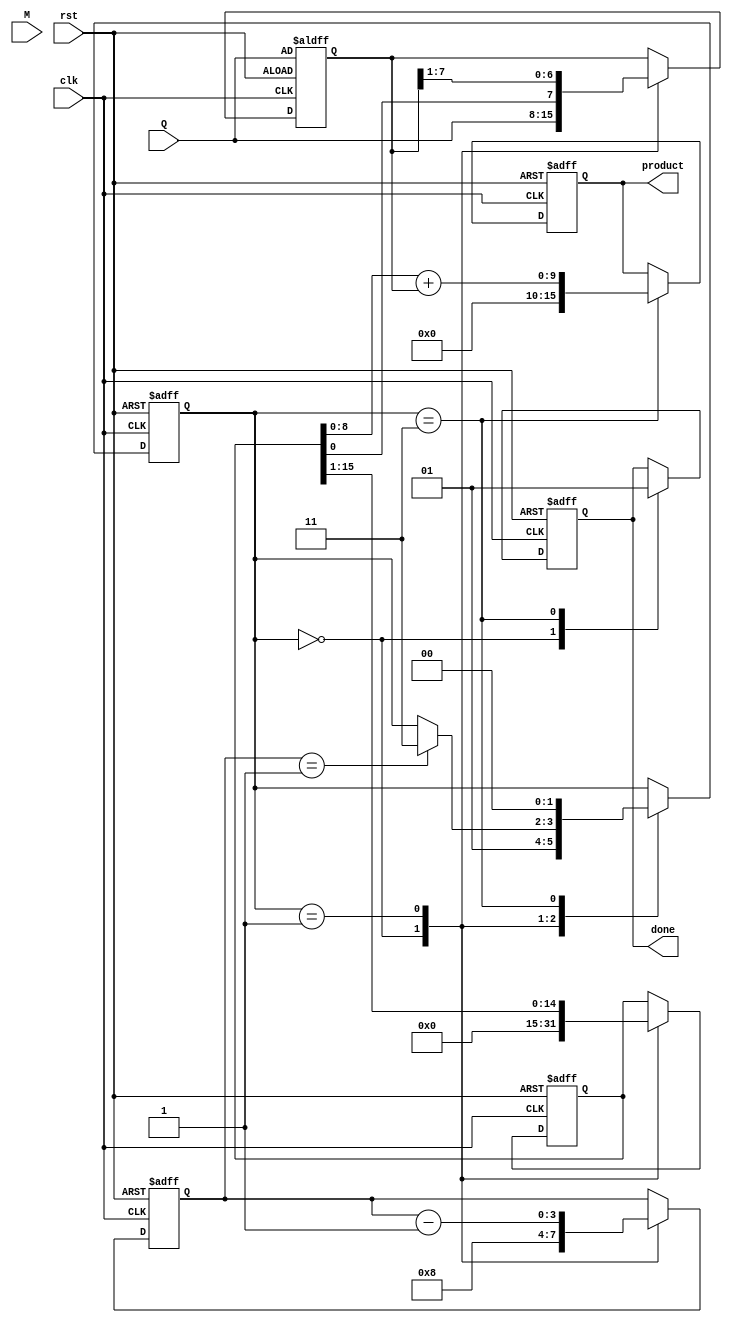
module modified_booth_multiplier #(
    parameter WIDTH = 8 // Width of the multiplicand and multiplier
) (
    input wire clk,
    input wire rst,
    input wire [WIDTH-1:0] M, // Multiplicand
    input wire [WIDTH-1:0] Q, // Multiplier
    output reg [2*WIDTH-1:0] product, // Final product
    output reg done // Indicates the multiplication is complete
);

    reg [WIDTH-1:0] Q_reg; // Register for the multiplier
    reg [WIDTH-1:0] M_reg; // Register for the multiplicand
    reg [WIDTH:0] Q_minus_1; // Previous bit of the multiplier
    reg [2*WIDTH-1:0] A; // Accumulator
    reg [3:0] count; // Count for the number of iterations
    reg [1:0] state; // State for the FSM

    // State encoding
    localparam IDLE = 2'b00,
               EXECUTE = 2'b01,
               SHIFT = 2'b10,
               DONE = 2'b11;

    // Initial state
    always @(posedge clk or posedge rst) begin
        if (rst) begin
            A <= 0;
            Q_reg <= Q;
            M_reg <= M;
            Q_minus_1 <= 0;
            count <= 0;
            state <= IDLE;
            product <= 0;
            done <= 0;
        end else begin
            case (state)
                IDLE: begin
                    // Load initial values
                    A <= 0;
                    Q_reg <= Q;
                    M_reg <= M;
                    Q_minus_1 <= 0;
                    count <= WIDTH; // Number of bits to process
                    state <= EXECUTE;
                    done <= 0;
                end

                EXECUTE: begin
                    case ({Q_reg[0], Q_minus_1})
                        2'b00: begin
                            // No action
                        end
                        2'b01: begin
                            // Add M to A
                            A <= A + {M_reg, 1'b0}; // Shift M left by 1
                        end
                        2'b10: begin
                            // Subtract M from A
                            A <= A - {M_reg, 1'b0}; // Shift M left by 1
                        end
                        2'b11: begin
                            // No action
                        end
                    endcase

                    // Prepare for the next iteration
                    Q_minus_1 <= Q_reg[0]; // Update Q-1
                    Q_reg <= {A[0], Q_reg[WIDTH-1:1]}; // Shift Q
                    A <= A >> 1; // Arithmetic right shift A
                    count <= count - 1;

                    if (count == 1) begin
                        state <= DONE; // Move to done state
                    end
                end

                DONE: begin
                    product <= A[WIDTH:0] + {1'b0, Q_reg}; // Combine A and Q for final product
                    done <= 1; // Indicate multiplication is done
                    state <= IDLE; // Reset to IDLE for next operation
                end
            endcase
        end
    end
endmodule